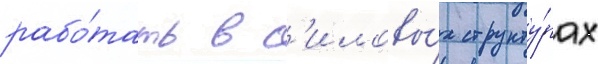
рабо́тать в с'иловы́х структу́рах